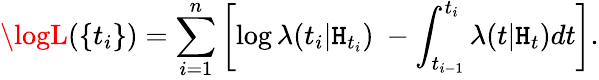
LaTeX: \logL(\{ t_{i}\} )=\sum_{i=1}^{n}\left[\log\lambda(t_{i}|\mathtt{H}_{t_{i}})\ -\int_{t_{i-1}}^{t_{i}}\lambda(t|\mathtt{H}_{t})dt\right].